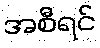
အစီရင်